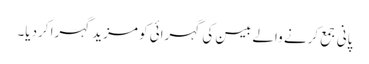
پانی جمع کرنے والے بیسن کی گہرائی کو مزید گہرا کردیا۔